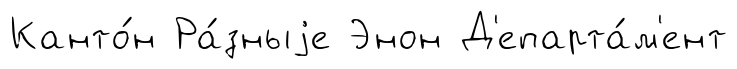
Канто́н Ра́зныjе Энон Д'епарта́м'ент